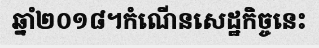
ឆ្នាំ២០១៨។កំណើនសេដ្ឋកិច្ចនេះ